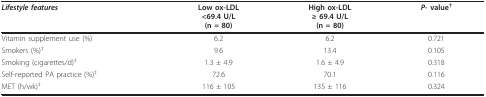
<table><thead><tr><td><b><i>Lifestyle features</i></b></td><td><b>Low ox-LDL&lt;69.4 U/L(n = 80)</b></td><td><b>High ox-LDL≥ 69.4 U/L(n = 80)</b></td><td><b><i>P</i>- value<sup>†</sup></b></td></tr></thead><tbody><tr><td>Vitamin supplement use (%)</td><td>6.2</td><td>6.2</td><td>0.721</td></tr><tr><td>Smokers (%)<sup>‡</sup></td><td>9.6</td><td>13.4</td><td>0.105</td></tr><tr><td>Smoking (cigarettes/d)<sup>‡</sup></td><td>1.3 ± 4.9</td><td>1.6 ± 4.9</td><td>0.318</td></tr><tr><td>Self-reported PA practice (%)<sup>‡</sup></td><td>72.6</td><td>70.1</td><td>0.116</td></tr><tr><td>MET (h/wk)<sup>‡</sup></td><td>116 ± 105</td><td>135 ± 116</td><td>0.324</td></tr></tbody></table>